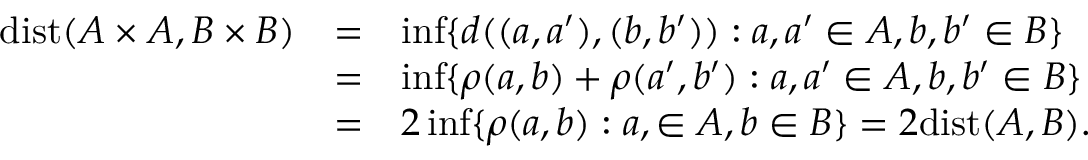
\begin{array} { l l l } { \mathrm { d i s t } ( A \times A , B \times B ) } & { = } & { \operatorname* { i n f } \{ d ( ( a , a ^ { \prime } ) , ( b , b ^ { \prime } ) ) : a , a ^ { \prime } \in A , b , b ^ { \prime } \in B \} } \\ & { = } & { \operatorname* { i n f } \{ \rho ( a , b ) + \rho ( a ^ { \prime } , b ^ { \prime } ) : a , a ^ { \prime } \in A , b , b ^ { \prime } \in B \} } \\ & { = } & { 2 \operatorname* { i n f } \{ \rho ( a , b ) : a , \in A , b \in B \} = 2 \mathrm { d i s t } ( A , B ) . } \end{array}